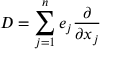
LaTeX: D = \sum _ { j = 1 } ^ { n } e _ { j } { \frac { \partial } { \partial x _ { j } } }